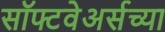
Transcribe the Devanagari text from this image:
सॉफ्टवेअर्सच्या